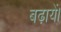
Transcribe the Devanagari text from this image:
बढ़ायें।